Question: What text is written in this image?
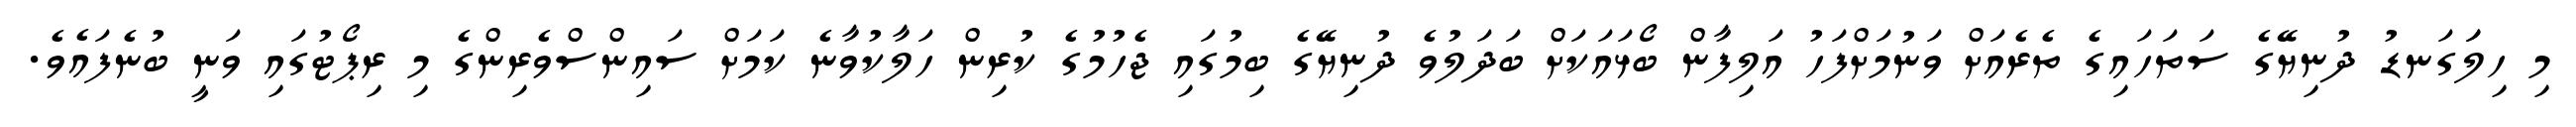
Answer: މި ހިލަަގަނޑު ދުނިޔޭގެ ސަތަހައިގެ ތެރެއަށް ވަނުމަށްފަހު އަލިފާން ބޯޅައަކަށް ބަދަލުވެ ދުނިޔޭގެ ބިމުގައި ޖެހުމުގެ ކުރިން ހަލާކުވާނެ ކަމަށް ސައިންސްވެރިންގެ މި ރިޕޯޓުގައި ވަނީ ބުނެފައެވެ.